Annual report on the working of the mental hospitals in the Madras Presidency - 1912-1932
Year: 1912
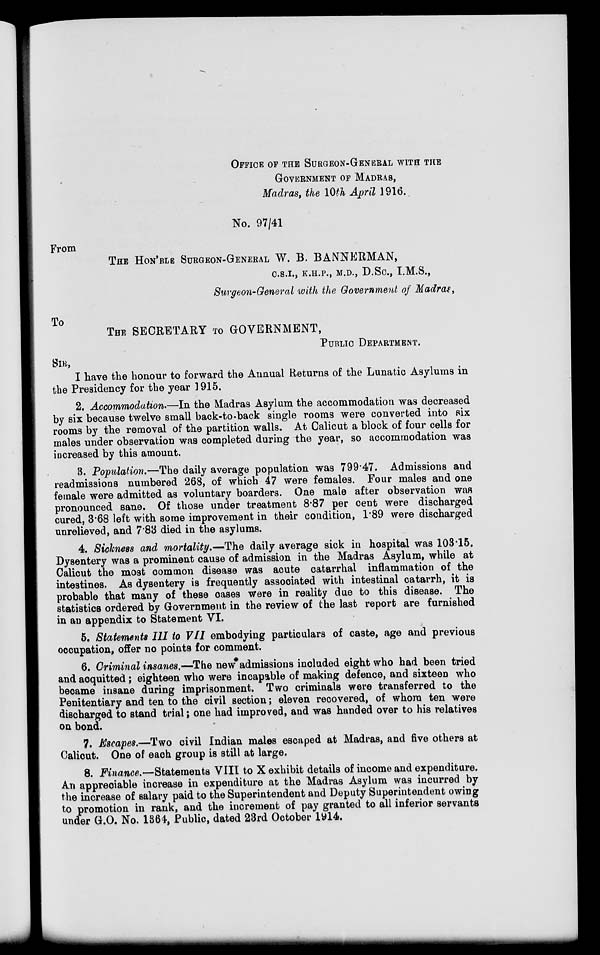
OFFICE OF THE SURGEON-GENERAL WITH THE
GOVERNMENT OF MADRAS,
Madras, the 10th April 1916.
No. 97/41
From
THE HON'BLE SURGEON-GENERAL W. B. BANNERMAN,
C.S.I., K.H.P., M.D., D.Sc, I.M.S.,
Surgeon-General with the Government of Madras,
To
THE SECRETARY TO GOVERNMENT,
PUBLIC DEPARTMENT.
SIR,
I have the honour to forward the Annual Returns of the Lunatic Asylums in
the Presidency for the year 1915.
2. Accommodation.—In the Madras Asylum the accommodation was decreased
by six because twelve small back-to-back single rooms were converted into six
rooms by the removal of the partition walls. At Calicut a block of four cells for
males under observation was completed during the year, so accommodation was
increased by this amount.
3. Population.—The daily average population was 799.47. Admissions and
readmissions numbered 268, of which 47 were females. Four males and one
female were admitted as voluntary boarders. One male after observation was
pronounced sane. Of those under treatment 8.87 per cent were discharged
cured, 3.68 left with some improvement in their condition, 1.89 were discharged
unrelieved, and 7.83 died in the asylums.
4. Sickness and mortality.—The daily average sick in hospital was 103.15.
Dysentery was a prominent cause of admission in the Madras Asylum, while at
Calicut the most common disease was acute catarrhal inflammation of the
intestines. As dysentery is frequently associated with intestinal catarrh, it is
probable that many of these cases were in reality due to this disease. The
statistics ordered by Government in the review of the last report are furnished
in an appendix to Statement VI.
5. Statements III to VII embodying particulars of caste, age and previous
occupation, offer no points for comment.
6. Criminal insanes.—The new admissions included eight who had been tried
and acquitted; eighteen who were incapable of making defence, and sixteen who
became insane during imprisonment. Two criminals were transferred to the
Penitentiary and ten to the civil section; eleven recovered, of whom ten were
discharged to stand trial; one had improved, and was handed over to his relatives
on bond.
7. Escapes,—Two civil Indian males escaped at Madras, and five others at
Calicut. One of each group is still at large.
8. Finance.—Statements VIII to X exhibit details of income and expenditure.
An appreciable increase in expenditure at the Madras Asylum was incurred by
the increase of salary paid to the Superintendent and Deputy Superintendent owing
to promotion in rank, and the increment of pay granted to all inferior servants
under G.O. No. 1364, Public, dated 23rd October 1914.